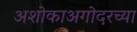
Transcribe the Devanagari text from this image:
अशोकाअगोदरच्या